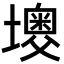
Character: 𡒠